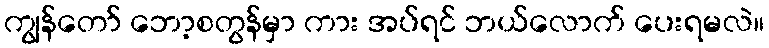
ကျွန်တော် ဘော့စတွန်မှာ ကား အပ်ရင် ဘယ်လောက် ပေးရမလဲ။